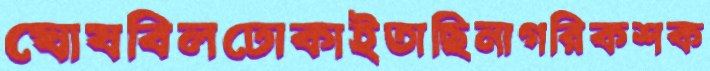
ঘোষবিলঢোকাইতাছিনাগরিকশক